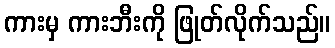
ကားမှ ကားဘီးကို ဖြုတ်လိုက်သည်။